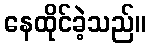
နေထိုင်ခဲ့သည်။